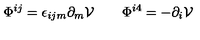
\Phi ^ { i j } = \epsilon _ { i j m } \partial _ { m } { \cal V } \qquad \Phi ^ { i 4 } = - \partial _ { i } { \cal V }